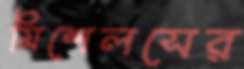
মিশেলসের